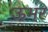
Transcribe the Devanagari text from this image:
ऊभर